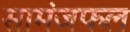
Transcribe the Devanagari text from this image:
सामंजफल